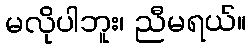
မလိုပါဘူး၊ ညီမရယ်။